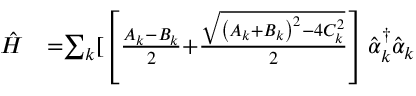
\begin{array} { l l } { \hat { H } } & { { = } { \mathit { \sum } } _ { k } [ \left[ \frac { A _ { k } { - } B _ { k } } { { 2 } } { + } \frac { \sqrt { \left( A _ { k } { + } B _ { k } \right) ^ { 2 } { - } { 4 } C _ { k } ^ { { 2 } } } } { { 2 } } \right] \hat { \alpha } _ { k } ^ { { \dagger } } \hat { \alpha } _ { k } } \end{array}